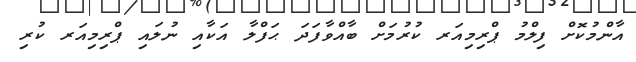
އާންމުކޮށް ފިލްމު ޕްރިމިއަރ ކުރުމަށް ބާއްވާފަދަ ޙަފްލާ އަކާއި ނުލައި ޕްރިމިއަރ ކުރި